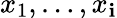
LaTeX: x_{1},\ldots,x_{\mathbf{i}}